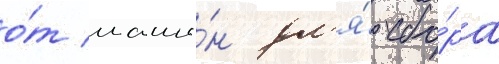
о́т маши́н дл'я́ сбо́ра